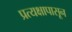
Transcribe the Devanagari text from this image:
प्रत्यक्षापासून